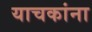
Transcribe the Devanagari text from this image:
याचकांना